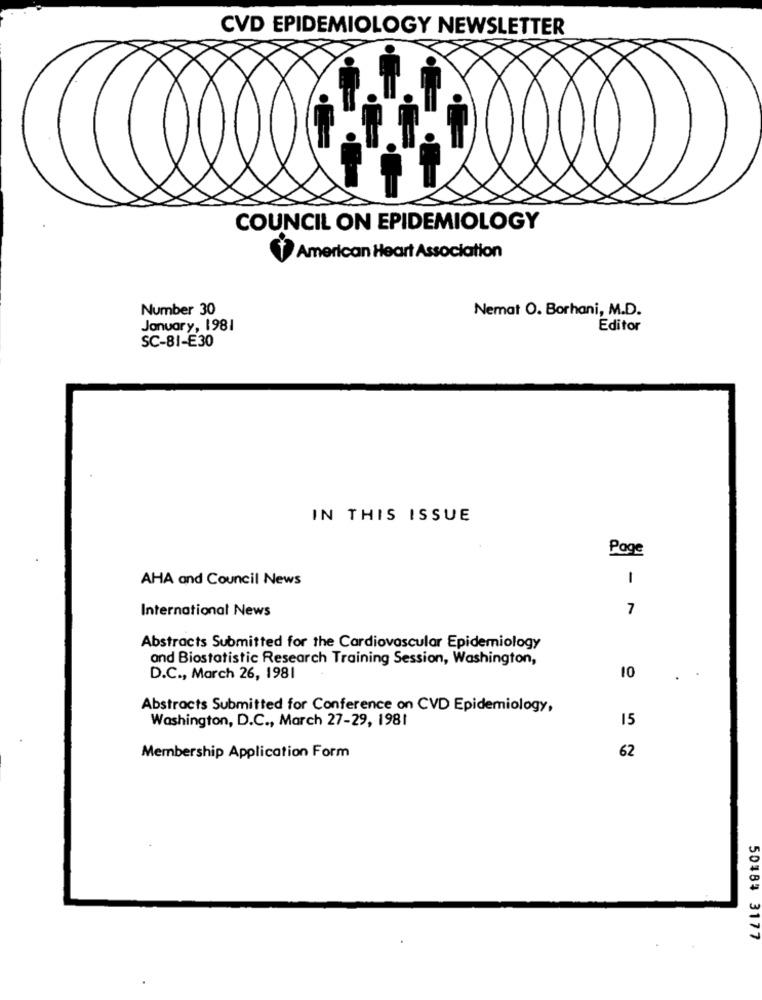
CVD EPIDEMIOLOGY NEWSLETTER
COUNCIL ON EPIDEMIOLOGY
Ť American Heart Association
Number 30
Nemat O. Borhani, M.D.
January, 1981
Editor
SC-81-E30
IN THIS ISSUE
Page
AHA and Council News
1
International News
7
Abstracts Submitted for the Cardiovascular Epidemiology
and Biostatistic Research Training Session, Washington,
D.C ., March 26, 1981
10
Abstracts Submitted for Conference on CVD Epidemiology,
Washington, D.C ., March 27-29, 1981
15
62
Membership Application Form
50484 3177